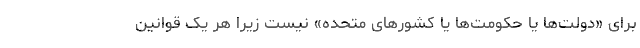
برای «دولت‌ها یا حکومت‌ها یا کشورهای متحده» نیست زیرا هر یک قوانین